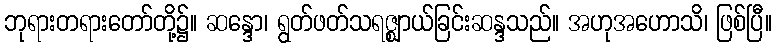
ဘုရားတရားတော်တို့၌။ ဆန္ဒော၊ ရွတ်ဖတ်သရဇ္ဈာယ်ခြင်းဆန္ဒသည်။ အဟုအဟောသိ၊ ဖြစ်ပြီ။